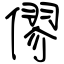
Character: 僇